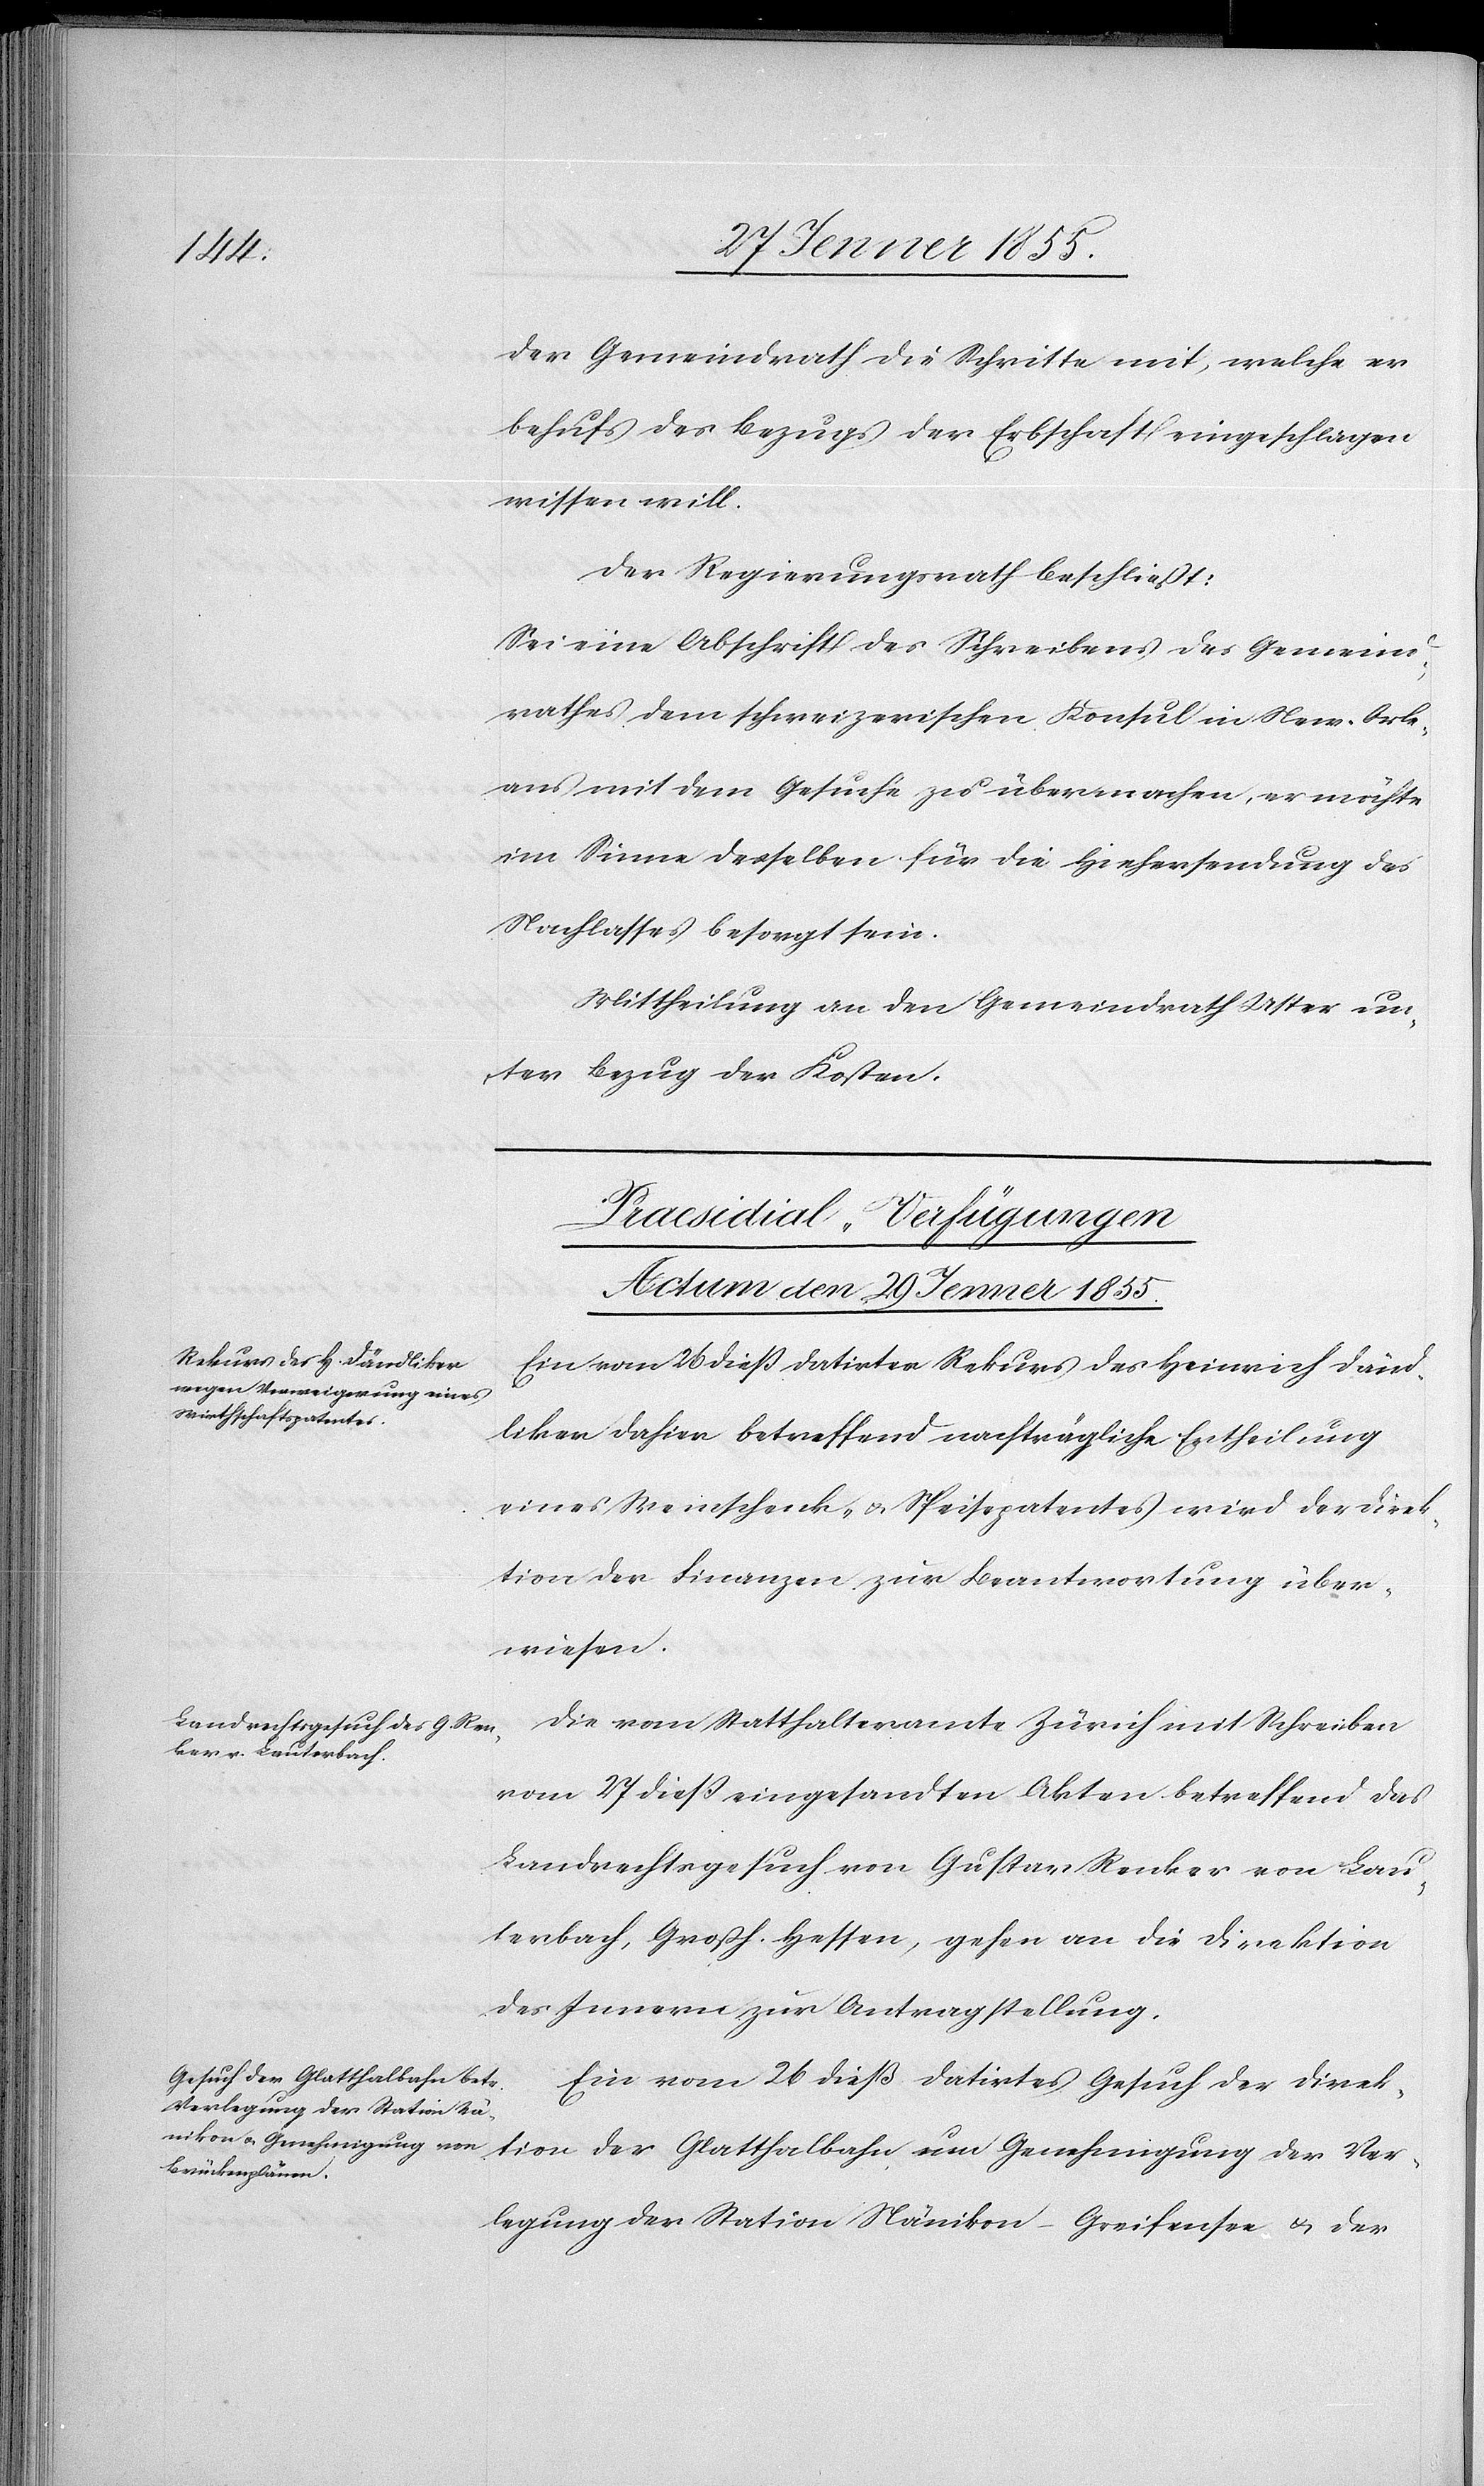
Ver¬

der Gemeindrath die Schritte mit, welche er
behufs des Bezugs der Erbschaft eingeschlagen
wissen will.
Der Regierungsrath beschliesst:
Sei eine Abschrift des Schreibens des Gemeind¬
rathes dem schweizerischen Konsul in New-Orle¬
ans mit dem Gesuche zu übermachen, er möchte
im Sinne desselben für die Hiehersendung des
Nachlasses besorgt sein.
Mittheilung an den Gemeindrath Uster un¬
ter Bezug der Kosten.
[Praesidial-Verfügungen
Actum den 29 Jenner 1855.]
Ein vom 26 dieß datirter Rekurs des Heinrich Dänd¬
liker dahier betreffend nachträgliche Ertheilung
eines Weinschenk- & Speisepatentes wird der Direk¬
tion der Finanzen zur Beantwortung über¬
wiesen.
Die vom Statthalteramte Zürich mit Schreiben
vom 27 dieß eingesandten Akten betreffend das
Landrechtsgesuch von Gustav Renker von Lau¬
terbach, Großh. Hessen, gehen an die Direktion
des Innern zur Antragstellung.
Ein vom 26 dieß datirtes Gesuch der Direk¬
legung der Station Nänikon-Greifensee & der